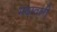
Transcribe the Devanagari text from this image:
मदावली